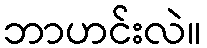
ဘာဟင်းလဲ။